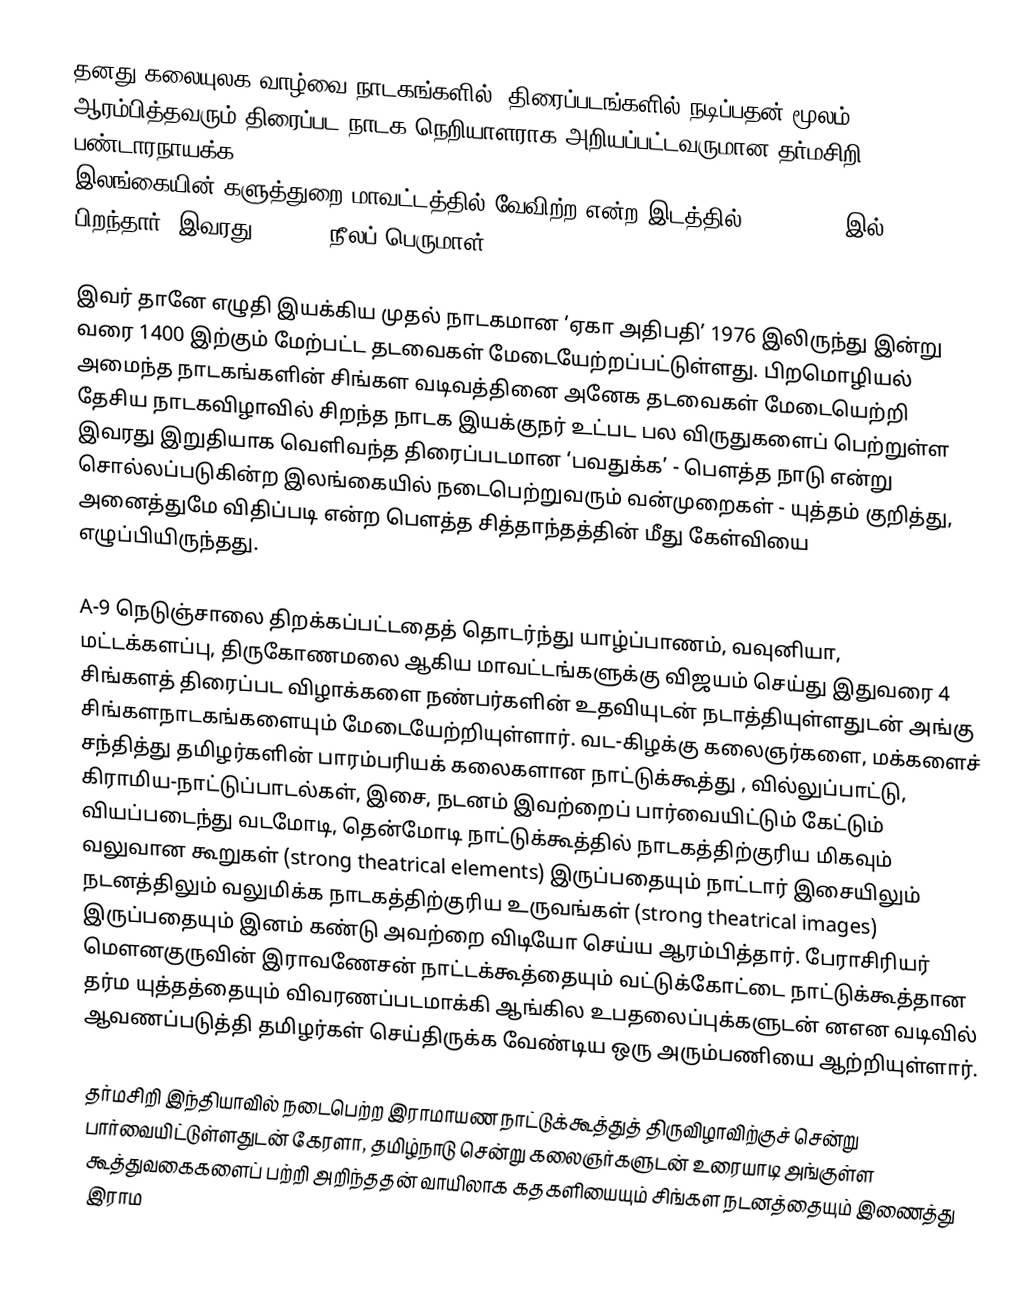
தனது கலையுலக வாழ்வை நாடகங்களில், திரைப்படங்களில் நடிப்பதன் மூலம் ஆரம்பித்தவரும் திரைப்பட-நாடக நெறியாளராக அறியப்பட்டவருமான தர்மசிறி பண்டாரநாயக்க (Dharmasiri Bandaranayake : Drama & Film Director Script writer Producer) இலங்கையின் களுத்துறை மாவட்டத்தில் வேவிற்ற என்ற இடத்தில் 06.10.1949 இல் பிறந்தார். இவரது surname நீலப் பெருமாள் (Kalukapuge)

இவர் தானே எழுதி இயக்கிய முதல் நாடகமான ‘ஏகா அதிபதி’ 1976 இலிருந்து இன்று வரை 1400 இற்கும் மேற்பட்ட தடவைகள் மேடையேற்றப்பட்டுள்ளது. பிறமொழியல் அமைந்த நாடகங்களின் சிங்கள வடிவத்தினை அனேக தடவைகள் மேடையெற்றி தேசிய நாடகவிழாவில் சிறந்த நாடக இயக்குநர் உட்பட பல விருதுகளைப் பெற்றுள்ள இவரது இறுதியாக வெளிவந்த திரைப்படமான ‘பவதுக்க’ - பௌத்த நாடு என்று சொல்லப்படுகின்ற இலங்கையில் நடைபெற்றுவரும் வன்முறைகள் - யுத்தம் குறித்து, அனைத்துமே விதிப்படி என்ற பௌத்த சித்தாந்தத்தின் மீது கேள்வியை எழுப்பியிருந்தது.

A-9 நெடுஞ்சாலை திறக்கப்பட்டதைத் தொடர்ந்து யாழ்ப்பாணம், வவுனியா, மட்டக்களப்பு, திருகோணமலை ஆகிய மாவட்டங்களுக்கு விஜயம் செய்து இதுவரை 4 சிங்களத் திரைப்பட விழாக்களை நண்பர்களின் உதவியுடன் நடாத்தியுள்ளதுடன் அங்கு சிங்களநாடகங்களையும் மேடையேற்றியுள்ளார். வட-கிழக்கு கலைஞர்களை, மக்களைச் சந்தித்து தமிழர்களின் பாரம்பரியக் கலைகளான நாட்டுக்கூத்து , வில்லுப்பாட்டு, கிராமிய-நாட்டுப்பாடல்கள், இசை, நடனம் இவற்றைப் பார்வையிட்டும் கேட்டும் வியப்படைந்து வடமோடி, தென்மோடி நாட்டுக்கூத்தில் நாடகத்திற்குரிய மிகவும் வலுவான கூறுகள் (strong theatrical elements) இருப்பதையும் நாட்டார் இசையிலும் நடனத்திலும் வலுமிக்க நாடகத்திற்குரிய உருவங்கள் (strong theatrical images) இருப்பதையும் இனம் கண்டு அவற்றை விடியோ செய்ய ஆரம்பித்தார். பேராசிரியர் மௌனகுருவின் இராவணேசன் நாட்டக்கூத்தையும் வட்டுக்கோட்டை நாட்டுக்கூத்தான தர்ம யுத்தத்தையும் விவரணப்படமாக்கி ஆங்கில உபதலைப்புக்களுடன் னஎன வடிவில் ஆவணப்படுத்தி தமிழர்கள் செய்திருக்க வேண்டிய ஒரு அரும்பணியை ஆற்றியுள்ளார்.

தர்மசிறி இந்தியாவில் நடைபெற்ற இராமாயண நாட்டுக்கூத்துத் திருவிழாவிற்குச் சென்று பார்வையிட்டுள்ளதுடன் கேரளா, தமிழ்நாடு சென்று கலைஞர்களுடன் உரையாடி அங்குள்ள கூத்துவகைகளைப் பற்றி அறிந்ததன் வாயிலாக கதகளியையும் சிங்கள நடனத்தையும் இணைத்து இராம